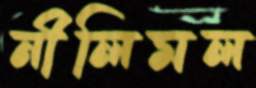
নীলিমল